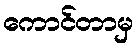
ကောင်တာမှ